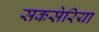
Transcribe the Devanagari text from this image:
सकसेरिया